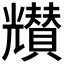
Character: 𠓒